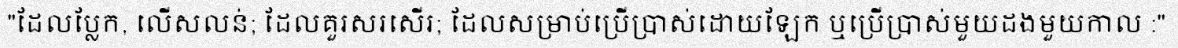
"ដែលប្លែក, លើសលន់; ដែលគួរសរសើរ; ដែលសម្រាប់ប្រើប្រាស់ដោយឡែក ឬប្រើប្រាស់មួយដងមួយកាល :"